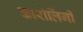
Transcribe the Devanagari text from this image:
कारोलिंगी